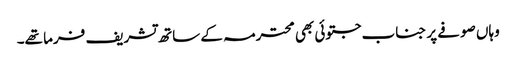
وہاں صوفے پر جناب جتوئی بھی محترمہ کے ساتھ تشریف فرما تھے۔